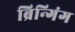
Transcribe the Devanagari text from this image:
ब्रिन्गिंग